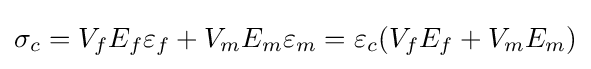
\sigma _{c}=V_{f}E_{f}\varepsilon _{f}+V_{m}E_{m}\varepsilon _{m}=\varepsilon _{c}(V_{f}E_{f}+V_{m}E_{m})